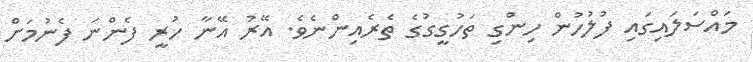
މައްސަލައިގައި ފުލުހުން ހިންގި ތަހުގީގުގެ ތެރެއިންނެވެ. އޭރު އޭނާ ހުރީ ފެންނަ ފެނުމަށް